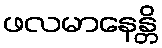
ဖလမာနေန္တိ